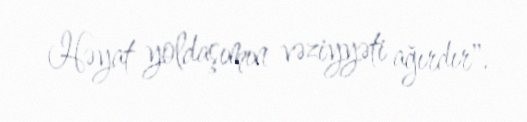
Həyat yoldaşımın vəziyyəti ağırdır".